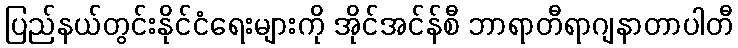
ပြည်နယ်တွင်းနိုင်ငံရေးများကို အိုင်အင်န်စီ ဘာရာတီရာဂျနာတာပါတီ